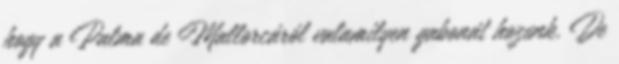
hogy a Palma de Mallorcáról valamilyen gabonát hozunk. De